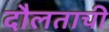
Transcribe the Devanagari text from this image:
दौलताची